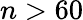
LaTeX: n>60